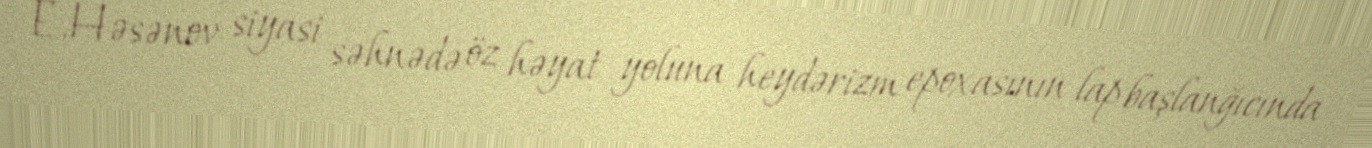
E.Həsənov siyasi səhnədə öz həyat yoluna heydərizm epoxasının lap başlanğıcında